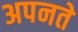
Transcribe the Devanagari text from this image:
अपनते